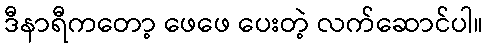
ဒီနာရီကတော့ ဖေဖေ ပေးတဲ့ လက်ဆောင်ပါ။